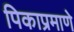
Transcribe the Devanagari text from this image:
पिकाप्रमाणे